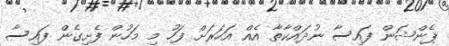
ޕެންޝަން ފައިސާ ނުދައްކާތާ އެއް އަހަރަށް ފަހު މި މަހުން ފެށިގެން ފައިސާ